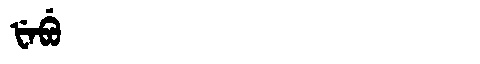
Manchu: ᡶᡝᠪᡠ
Romanization: FEBU